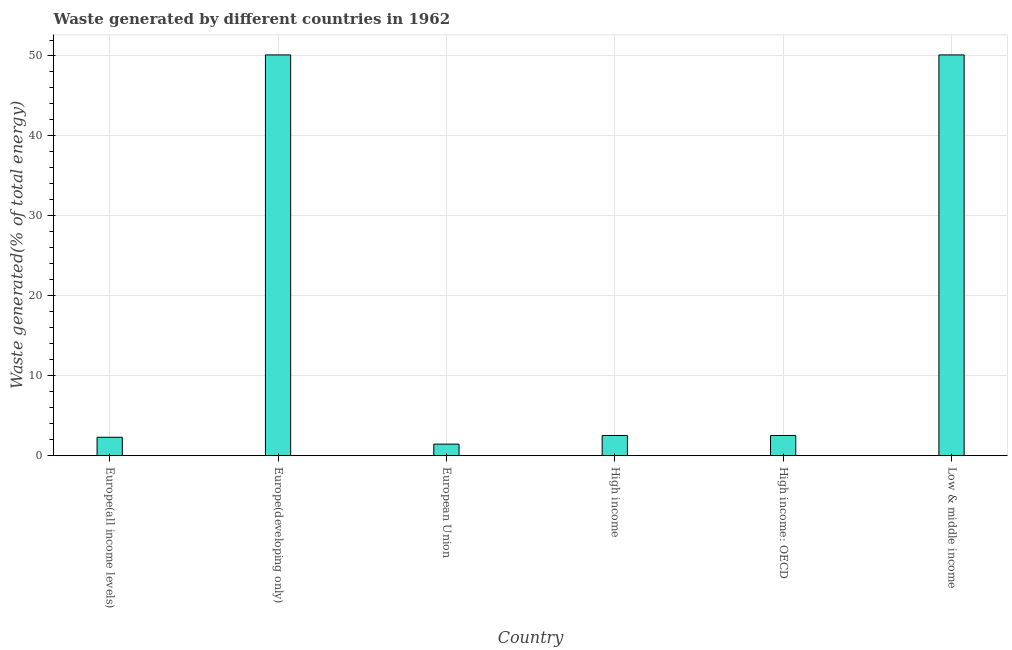
| Country | Combustible renewables and waste (% of total energy) |
 | --- | --- |
 | Europe(all income levels) | 2.31 |
 | Europe(developing only) | 50.1 |
 | European Union | 1.45 |
 | High income | 2.53 |
 | High income: OECD | 2.53 |
 | Low & middle income | 50.1 |